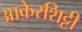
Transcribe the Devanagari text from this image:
आकेरशिट्टी